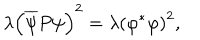
LaTeX: \lambda \left( \overline { { { \psi } } } P \psi \right) ^ { 2 } = \lambda \left( \varphi ^ { \ast } \varphi \right) ^ { 2 } ,